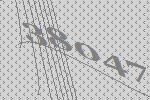
38047